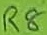
Text: R8